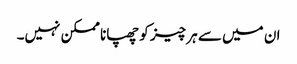
ان میں سے ہر چیز کو چھپانا ممکن نہیں۔